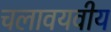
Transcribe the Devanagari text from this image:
चलावयवीय